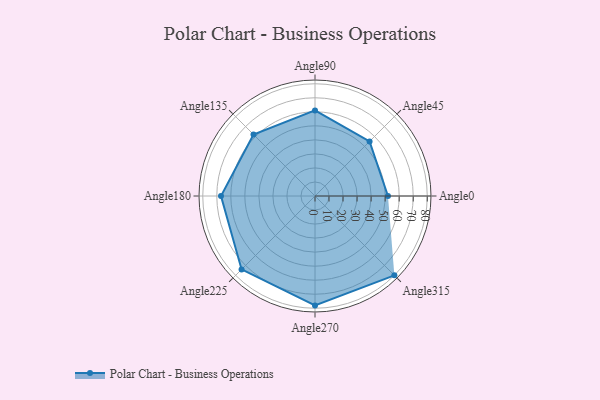
{"axis": {"x": "Angle", "y": "Radius"}, "legend": [""], "data": [{"x": "Angle0", "y": 52.0, "type": ""}, {"x": "Angle45", "y": 55.0, "type": ""}, {"x": "Angle90", "y": 61.0, "type": ""}, {"x": "Angle135", "y": 62.0, "type": ""}, {"x": "Angle180", "y": 67.0, "type": ""}, {"x": "Angle225", "y": 74.0, "type": ""}, {"x": "Angle270", "y": 78.0, "type": ""}, {"x": "Angle315", "y": 80.0, "type": ""}]}